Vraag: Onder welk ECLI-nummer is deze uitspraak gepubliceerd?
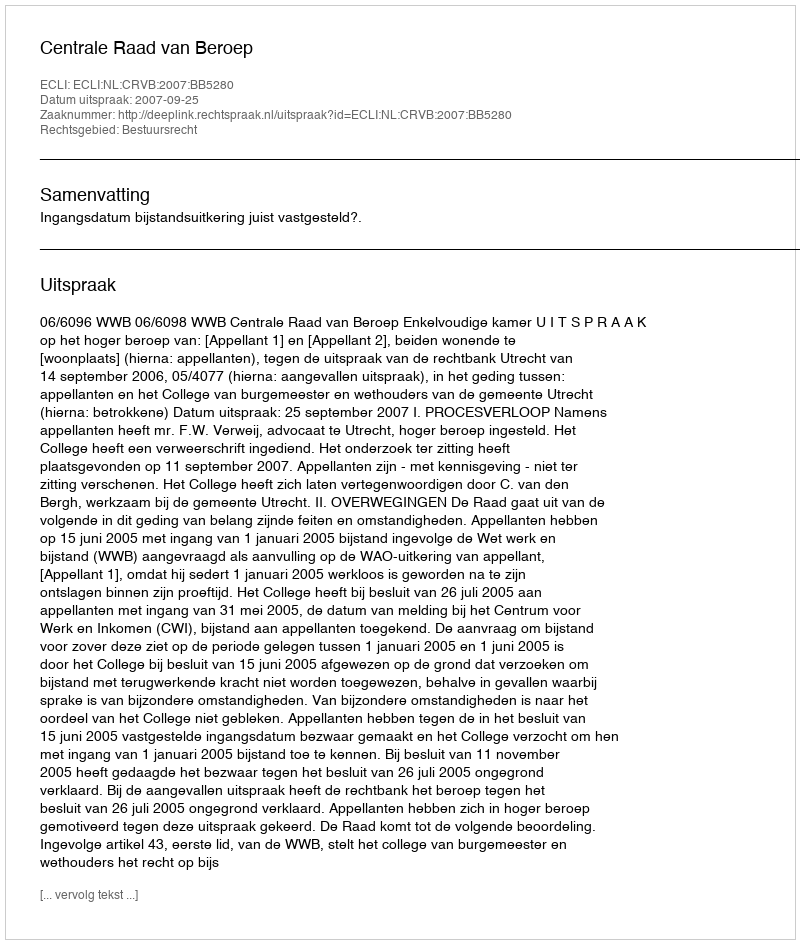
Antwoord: ECLI:NL:CRVB:2007:BB5280